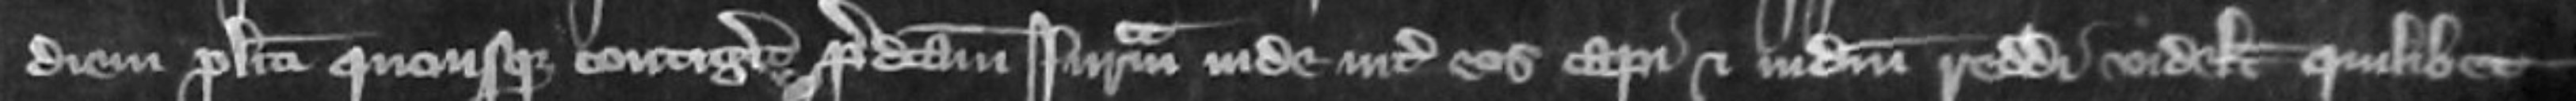
diem placiti quousque contigerit predictam juratam inde inter eos capi et judicium reddi videlicet quilibet